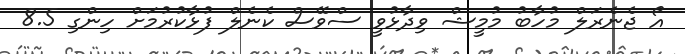
އޯ ޖެނެރަލް މުހާބު މުމީޝް ވިދާޅުވީ ސްވޭސް ކެނެލް ފުޅާކުރުމަށް ހިންގި 8.5